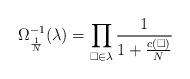
LaTeX: \begin{align*}\Omega_{\frac{1}{N}}^{-1}(\lambda) = \prod_{\Box \in \lambda} \frac{1}{1+\frac{c(\Box)}{N}}\end{align*}